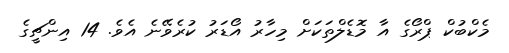
މެކްބުކް ޕްރޯގެ އާ މޮޑެލްތަކަށް މިހާރު އޯޑަރު ކުރެވޭނެ އެވެ. 14 އިންޗީގެ